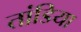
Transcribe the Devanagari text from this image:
तांडिया